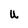
Character: U